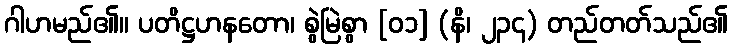
ဂါဟမည်၏။ ပတိဋ္ဌဟနတော၊ စွဲမြဲစွာ [၀၁] (နိ၊ ၂၃၄) တည်တတ်သည်၏